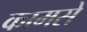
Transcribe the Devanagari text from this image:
कामसे